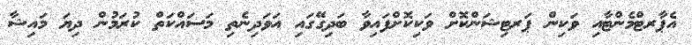
އެޕާރޓްމެންޓާއި ވަކިން ޕަރޓިޝަންކޮށް ވަކިކޮށްފައިވާ ބަދިގޭގައި އަވަދިނެތި މަސައްކަތް ކުރަމުން ދިޔަ މައިޝާ